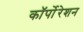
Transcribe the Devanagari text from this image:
काॅर्पोरेशन